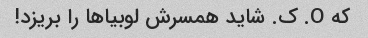
که O. ک. شاید همسرش لوبیاها را بریزد!